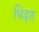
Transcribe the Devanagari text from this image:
भिंड़त